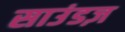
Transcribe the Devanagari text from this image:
साउंडज़